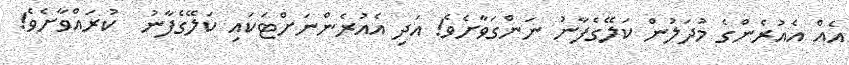
އެއް އެއުރެންގެ މުދަލުން ކަލޭގެފާނު ނަންގަވާށެވެ! އަދި އެއުރެންނަށްޓަކައި ކަލޭގެފާނު  ކުރައްވާށެވެ!